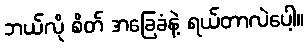
ဘယ်လို စိတ် အခြေခံနဲ့ ရယ်တာလဲပေါ့။